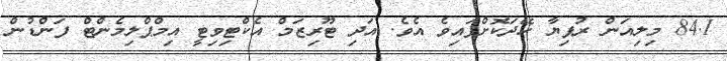
84.1 މިލިއަން ރުފިޔާ ހޭދަކޮށްފައިވެ އެވެ. އަދި ޓޫރިޒަމް އެކްޓިވިޓީ އިމްޕްލިމެންޓް ފަންޑުން